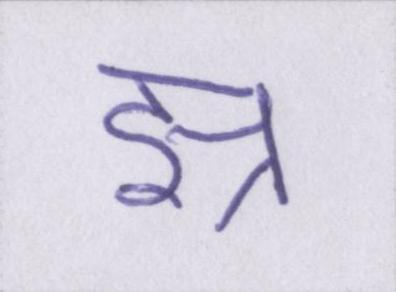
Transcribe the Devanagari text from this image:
झ्र